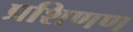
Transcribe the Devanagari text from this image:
प्रशिणण